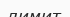
лимит